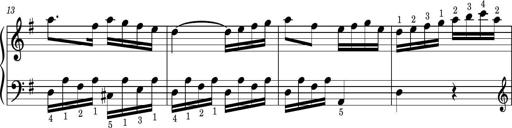
Title: Easy Progressive Lessons and 4 Sonatinas
Composer: Thomas Attwood